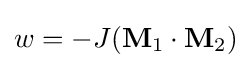
w=-J(\mathbf {M} _{1}\cdot \mathbf {M} _{2})